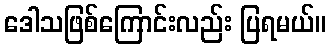
ဒေါသဖြစ်ကြောင်းလည်း ပြရမယ်။